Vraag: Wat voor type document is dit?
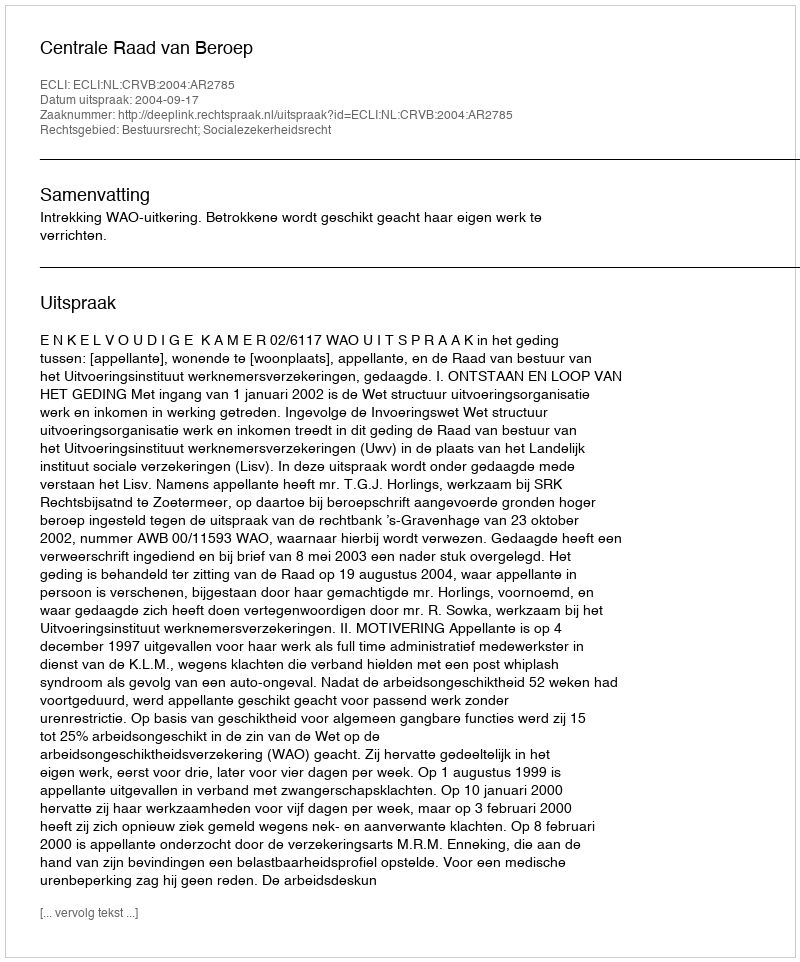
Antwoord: Uitspraak